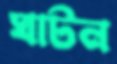
ঘাটন